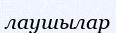
лаушылар